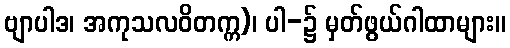
ဗျာပါဒ၊ အကုသလဝိတက္က)၊ ပါ-၌ မှတ်ဖွယ်ဂါထာများ။